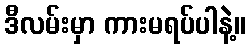
ဒီလမ်းမှာ ကားမရပ်ပါနဲ့။